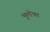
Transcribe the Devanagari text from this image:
भूलोंका